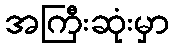
အကြီးဆုံးမှာ